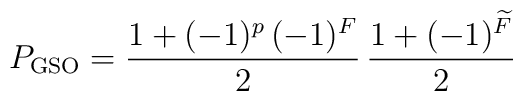
P_{\rm GSO} = \frac{1+(-1)^p\,(-1)^F}{2}\,\frac{1+(-1)^{\widetilde F}}{2}